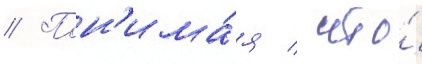
// Пон'има́я / что́